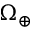
\Omega _ { \oplus }